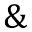
\&